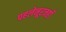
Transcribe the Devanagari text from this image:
पहलेनूरजहाँ